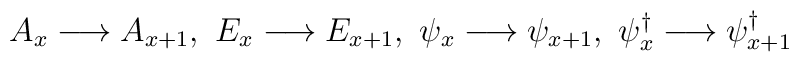
A_{x}\longrightarrow A_{x+1},\ E_{x}\longrightarrow E_{x+1},\ \psi_{x}\longrightarrow \psi_{x+1},\ \psi_{x}^{\dag}\longrightarrow \psi_{x+1}^{\dag}